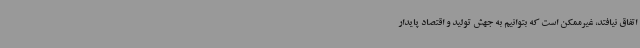
اتفاق نیافتد، غیرممکن است که بتوانیم به جهش تولید و اقتصاد پایدار